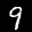
Label: 9